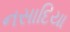
નસાદિયા